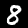
Label: 8